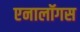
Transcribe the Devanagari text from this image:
एनालॉगस